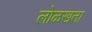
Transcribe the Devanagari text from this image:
लोळखता